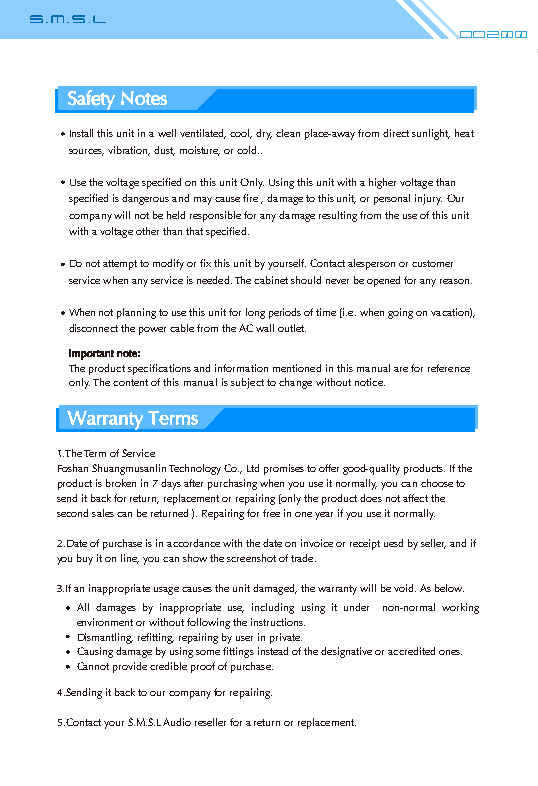
Do200
 Safety Notes
 Install this unit in a well ventilated, cool, dry, clean place-away from direct sunlight, heat
 sources, vibration, dust, moisture, or cold..
 Use the voltage specified on this unit Only. Using this unit with a higher voltage than
 specified is dangerous and may cause fire , damage to this unit, or personal injury. Our
 company will not be held responsible for any damage resulting from the use of this unit
 with a voltage other than that specified.
 Do not attempt to modify or fix this unit by yourself. Contact alesperson or customer
 service when any service is needed. The cabinet should never be opened for any reason.
 When not planning to use this unit for long periods of time (i.e. when going on vacation),
 disconnect the power cable from the AC wall outlet.
 Important note:
 The product specifications and information mentioned in this manual are for reference
 only. The content of this manual is subject to change without notice.
 Warranty Terms
 1.The Term of Service
 Foshan Shuangmusanlin Technology Co., Ltd promises to offer good-quality products. If the
 product is broken in 7 days after purchasing when you use it normally, you can choose to
 send it back for return, replacement or repairing (only the product does not affect the
 second sales can be returned ). Repairing for free in one year if you use it normally.
 2.Date of purchase is in accordance with the date on invoice or receipt uesd by seller, and if
 you buy it on line, you can show the screenshot of trade.
 3.If an inappropriate usage causes the unit damaged, the warranty will be void. As below.
 All damages by inappropriate use, including using it under non-normal working
 environment or without following the instructions.
 Dismantling, refitting, repairing by user in private.
 Causing damage by using some fittings instead of the designative or accredited ones.
 Cannot provide credible proof of purchase.
 4.Sending it back to our company for repairing.
 5.Contact your S.M.S.L Audio reseller for a return or replacement.